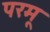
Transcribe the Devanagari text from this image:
परमू